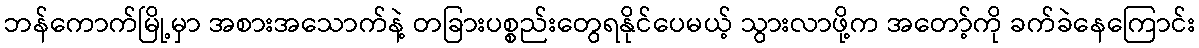
ဘန်ကောက်မြို့မှာ အစားအသောက်နဲ့ တခြားပစ္စည်းတွေရနိုင်ပေမယ့် သွားလာဖို့က အတော့်ကို ခက်ခဲနေကြောင်း